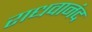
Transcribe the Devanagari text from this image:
राधवानंद